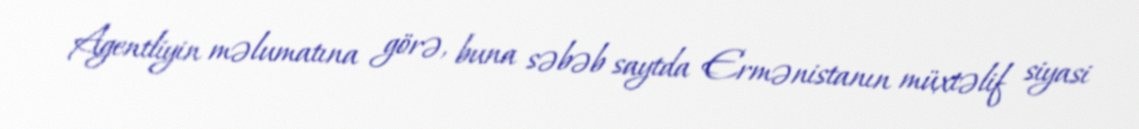
Agentliyin məlumatına görə, buna səbəb saytda Ermənistanın müxtəlif siyasi